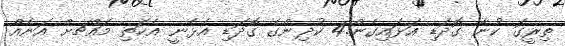
ތިރީގަ ކުނާ ގޮދަޑި އަޅައިގެން.4 ކުދިންގެ ގޮދަޑި އެޅެނީ އެކަތި މައްޗށް އަނެއް